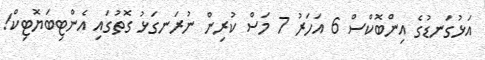
އަޅުގަނޑުގެ އިންބޮކްސް 6 އަހަރު 7 މަސް ކުރިން ނުރަނގަޅު ގޮތުގައި އެންޓިބަޔޮޓިކް!